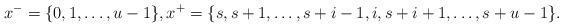
LaTeX: \begin{align*}x^-=\{0,1,\dots,u-1\},x^+=\{s,s+1,\dots,s+i-1,i,s+i+1,\dots,s+u-1\}.\end{align*}